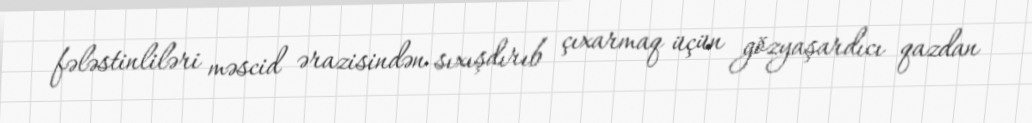
fələstinliləri məscid ərazisindən sıxışdırıb çıxarmaq üçün gözyaşardıcı qazdan